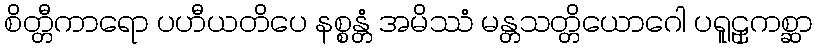
စိတ္တီကာရော ပဟီယတိပေ နစ္စန္တံ အမိဿံ မန္တသတ္တိယောဂေါ ပရူဠှကစ္ဆာ